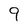
Character: 9